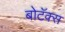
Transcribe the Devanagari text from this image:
बोटॅक्स